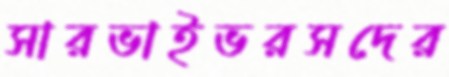
সারভাইভরসদের